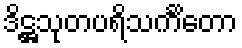
ဒိဋ္ဌသုတပရိသင်္ကိတော